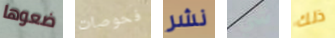
ضعوها فحوصات نشر شيء ذلك